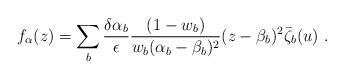
\begin{align*}f_\alpha (z)=\sum_b \frac{\delta \alpha _b}{\epsilon }\frac{(1-w_b)}{w_b(\alpha _b-\beta _b)^2}(z-\beta _b)^2\bar \zeta _b(u)\ .\end{align*}